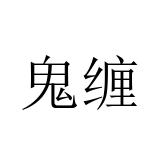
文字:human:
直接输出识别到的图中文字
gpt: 鬼缠